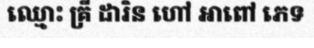
ឈ្មោះ គ្រី ដារិន ហៅ អាពៅ ភេទ